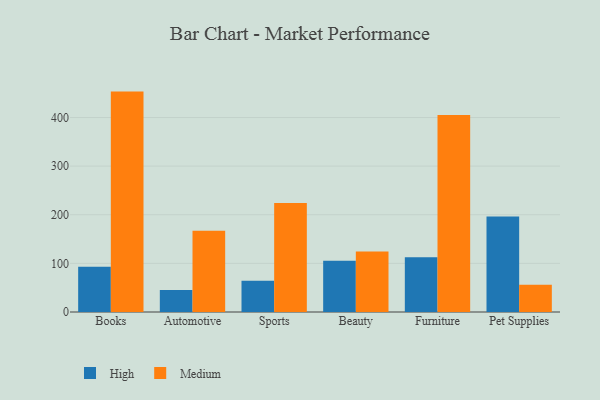
{"axis": {"x": "Category", "y": "Churn Rate (%)"}, "legend": ["High", "Medium"], "data": [{"x": "Books", "y": 92.9, "type": "High"}, {"x": "Books", "y": 453.3, "type": "Medium"}, {"x": "Automotive", "y": 45.5, "type": "High"}, {"x": "Automotive", "y": 167.3, "type": "Medium"}, {"x": "Sports", "y": 64.4, "type": "High"}, {"x": "Sports", "y": 224.4, "type": "Medium"}, {"x": "Beauty", "y": 105.4, "type": "High"}, {"x": "Beauty", "y": 124.5, "type": "Medium"}, {"x": "Furniture", "y": 112.6, "type": "High"}, {"x": "Furniture", "y": 405.0, "type": "Medium"}, {"x": "Pet Supplies", "y": 196.6, "type": "High"}, {"x": "Pet Supplies", "y": 55.8, "type": "Medium"}]}